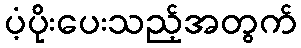
ပံ့ပိုးပေးသည့်အတွက်